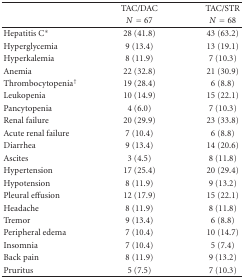
<table><thead><tr><td></td><td><b>TAC/DAC</b></td><td><b>TAC/STR</b></td></tr><tr><td></td><td><b><i>N</i> = 67</b></td><td><b><i>N</i> = 68</b></td></tr></thead><tbody><tr><td>Hepatitis C*</td><td>28 (41.8)</td><td>43 (63.2)</td></tr><tr><td>Hyperglycemia</td><td>9 (13.4)</td><td>13 (19.1)</td></tr><tr><td>Hyperkalemia</td><td>8 (11.9)</td><td>7 (10.3)</td></tr><tr><td>Anemia</td><td>22 (32.8)</td><td>21 (30.9)</td></tr><tr><td>Thrombocytopenia<sup>†</sup></td><td>19 (28.4)</td><td>6 (8.8)</td></tr><tr><td>Leukopenia</td><td>10 (14.9)</td><td>15 (22.1)</td></tr><tr><td>Pancytopenia</td><td>4 (6.0)</td><td>7 (10.3)</td></tr><tr><td>Renal failure</td><td>20 (29.9)</td><td>23 (33.8)</td></tr><tr><td>Acute renal failure</td><td>7 (10.4)</td><td>6 (8.8)</td></tr><tr><td>Diarrhea</td><td>9 (13.4)</td><td>14 (20.6)</td></tr><tr><td>Ascites</td><td>3 (4.5)</td><td>8 (11.8)</td></tr><tr><td>Hypertension</td><td>17 (25.4)</td><td>20 (29.4)</td></tr><tr><td>Hypotension</td><td>8 (11.9)</td><td>9 (13.2)</td></tr><tr><td>Pleural effusion</td><td>12 (17.9)</td><td>15 (22.1)</td></tr><tr><td>Headache</td><td>8 (11.9)</td><td>8 (11.8)</td></tr><tr><td>Tremor</td><td>9 (13.4)</td><td>6 (8.8)</td></tr><tr><td>Peripheral edema</td><td>7 (10.4)</td><td>10 (14.7)</td></tr><tr><td>Insomnia</td><td>7 (10.4)</td><td>5 (7.4)</td></tr><tr><td>Back pain</td><td>8 (11.9)</td><td>9 (13.2)</td></tr><tr><td>Pruritus</td><td>5 (7.5)</td><td>7 (10.3)</td></tr></tbody></table>